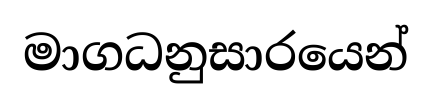
මාගධනුසාරයෙන්